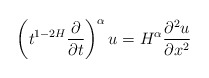
\begin{align*}\left(t^{1-2H}\frac{\partial}{\partial t}\right)^{\alpha}u = H^{\alpha}\frac{\partial^2 u}{\partial x^2}\end{align*}